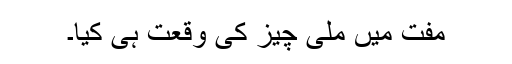
مفت میں ملی چیز کی وقعت ہی کیا۔